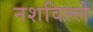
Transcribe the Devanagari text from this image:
नशविल्ले